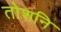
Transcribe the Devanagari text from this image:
तोशनि